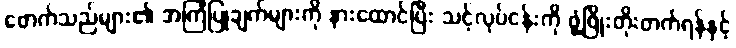
ဖောက်သည်များ၏ အကြံပြုချက်များကို နားထောင်ပြီး သင့်လုပ်ငန်းကို ဖွံ့ဖြိုးတိုးတက်ရန်နှင့်